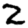
Digit: 2